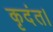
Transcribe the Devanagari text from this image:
कृदंत।